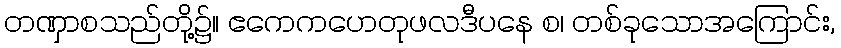
တဏှာစသည်တို့၌။ ဧကေကဟေတုဖလဒီပနေ စ၊ တစ်ခုသောအကြောင်း,